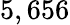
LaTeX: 5,656